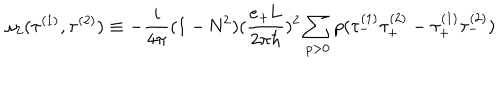
{ \omega } _ { 2 } ( { \tau } ^ { ( 1 ) } , { \tau } ^ { ( 2 ) } ) \equiv - \frac { i } { 4 \pi } ( 1 - \mathrm { N } ^ { 2 } ) ( \frac { e _ { + } \mathrm { L } } { 2 { \pi } { \hbar } } ) ^ { 2 } \sum _ { p > 0 } p ( { \tau } _ { - } ^ { ( 1 ) } { \tau } _ { + } ^ { ( 2 ) } - { \tau } _ { + } ^ { ( 1 ) } { \tau } _ { - } ^ { ( 2 ) } )